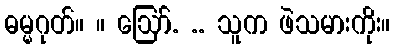
ဓမ္မဂုတ်။ ။ ဪ. .. သူက ဖဲသမားကိုး။